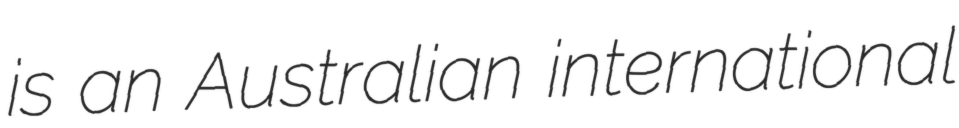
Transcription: is an Australian international